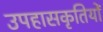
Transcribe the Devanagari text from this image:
उपहासकृतियों